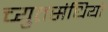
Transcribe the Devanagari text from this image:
च्युतसंधियों